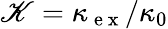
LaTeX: \mathscr{K}=\kappa_{\mathrm{{~e~x~}}}/\kappa_{0}